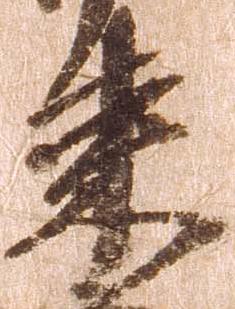
来